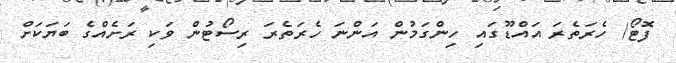
ފޮޓޯ/ ހެރަތެރަ އައްޑޫގައި ހިންގަމުން އަންނަ ހެރަތެރަ ރިސޯޓުން ވަކި ރަށެއްގެ ބަޔަކަަށް